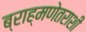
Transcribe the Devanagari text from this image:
ब्राह्मणेतराशी